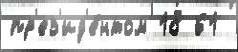
пр'ез'ид'е́нтом 18 61